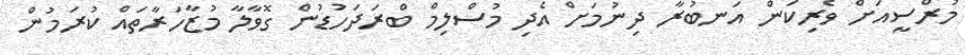
މުރްސީއަށް ވެރިކަން އަނބުރާ ދިނުމަށް އެދި މުސްލިމް ބްރަދަހުޑުން ގޮވާލާ މުޒާހަރާތައް ކުރަމުން